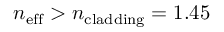
n _ { \mathrm { e f f } } > n _ { \mathrm { c l a d d i n g } } = 1 . 4 5